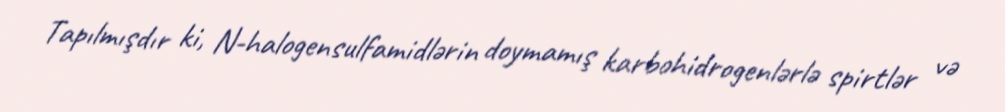
Tapılmışdır ki, N-halogensulfamidlərin doymamış karbohidrogenlərlə spirtlər və